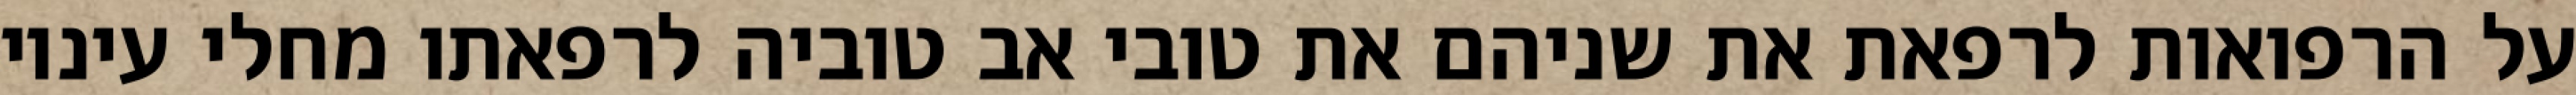
על הרפואות לרפאת את שניהם את טובי אב טוביה לרפאתו מחלי עיניו